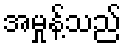
အမှုန့်သည်